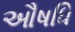
ઔષધિ